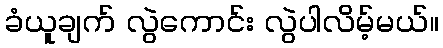
ခံယူချက် လွဲကောင်း လွဲပါလိမ့်မယ်။